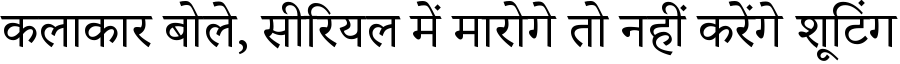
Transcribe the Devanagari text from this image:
कलाकार बोले, सीरियल में मारोगे तो नहीं करेंगे शूटिंग